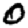
Digit: 0